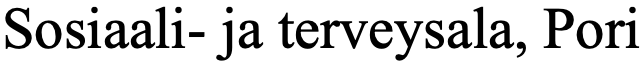
Sosiaali- ja terveysala, Pori